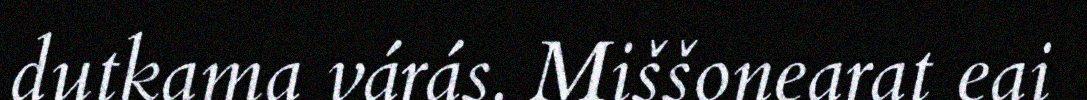
dutkama várás. Miššonearat eai